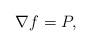
LaTeX: \begin{align*}\nabla f= P,\end{align*}